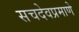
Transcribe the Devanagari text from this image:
सचदेवप्रमाणे